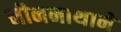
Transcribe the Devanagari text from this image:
मीननाथानें